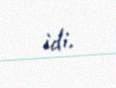
idi.